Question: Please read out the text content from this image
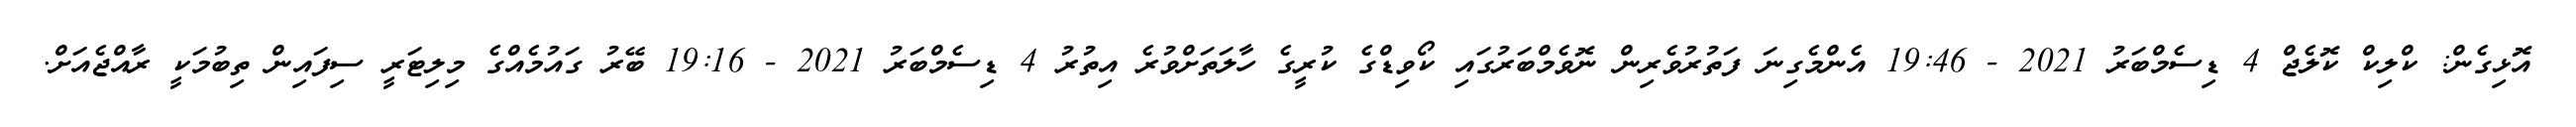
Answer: އޮޅިގެން: ކްލިކް ކޮލެޖް 4 ޑިސެމްބަރު 2021 - 19:46 އެންމެގިނަ ފަތުރުވެރިން ނޮވެމްބަރުގައި ކޯވިޑްގެ ކުރީގެ ހާލަތަށްވުރެ އިތުރު 4 ޑިސެމްބަރު 2021 - 19:16 ބޭރު ގައުމެއްގެ މިލިޓަރީ ސިފައިން ތިބުމަކީ ރާއްޖެއަށް.